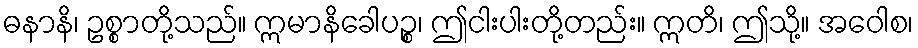
ဓနာနိ၊ ဥစ္စာတို့သည်။ ဣမာနိခေါပဉ္စ၊ ဤငါးပါးတို့တည်း။ ဣတိ၊ ဤသို့။ အဝေါစ၊